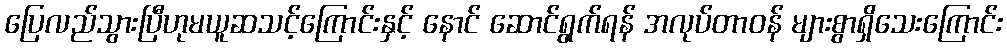
ပြေလည်သွားပြီဟုမယူဆသင့်ကြောင်းနှင့် နောင် ဆောင်ရွက်ရန် အလုပ်တာဝန် များစွာရှိသေးကြောင်း